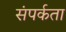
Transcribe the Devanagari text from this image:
संपर्कता